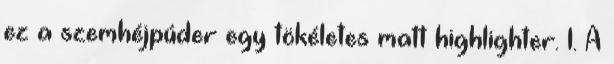
ez a szemhéjpúder egy tökéletes matt highlighter. 1. A